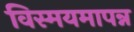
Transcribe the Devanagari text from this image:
विस्मयमापन्न